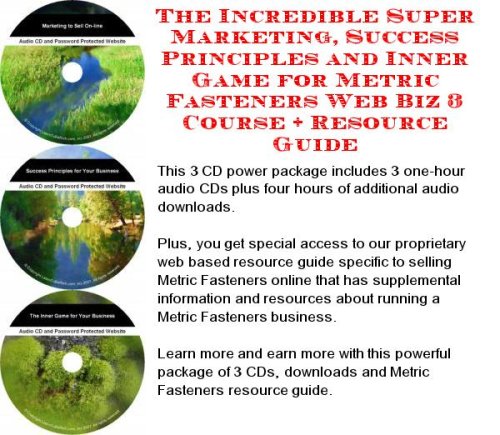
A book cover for The Incredible Super Marketing, Success Principles and Inner Game for Metric Fasteners Web Biz 3 Course + Resource Guide; Bill Z Miller; Computers & Technology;